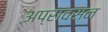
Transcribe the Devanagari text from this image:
अप्रावसन